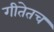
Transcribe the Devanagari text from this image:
गीतेतच